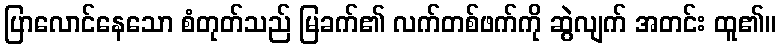
ပြာလောင်နေသော စံတုတ်သည် မြခက်၏ လက်တစ်ဖက်ကို ဆွဲလျက် အတင်း ထူ၏။